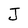
Character: J